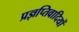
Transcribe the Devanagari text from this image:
प्रज्ञप्तिवादियों